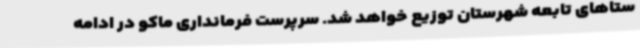
ستاهای تابعه شهرستان توزیع خواهد شد. سرپرست فرمانداری ماکو در ادامه